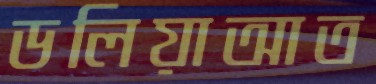
ডলিয়াআত